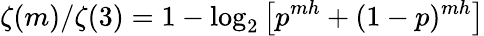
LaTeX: \zeta(m)/\zeta(3)=1-\log_{2}\left[p^{mh}+(1-p)^{mh}\right]